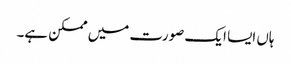
ہاں ایسا ایک صورت میں ممکن ہے۔